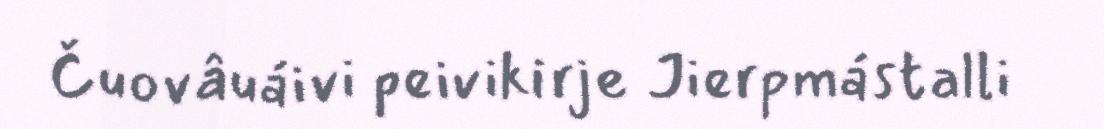
Čuovâuáivi peivikirje Jierpmástalli